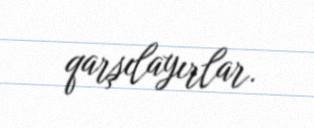
qarşılayırlar.